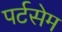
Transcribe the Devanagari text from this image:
पर्टसेम